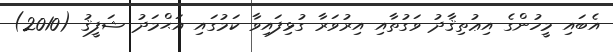
އެބައި މީހުންގެ އިޢުތިޤާދު ވަގުތާއި އިރުވަރާ ގުޅިފައިވާ ކަމުގައި އަޙްމަދު ޝަފީޤު (2010)